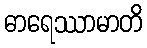
ဓာရေဿာမာတိ